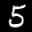
Label: 5